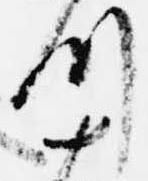
川